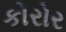
કોરોર